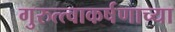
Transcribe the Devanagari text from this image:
गुरुत्त्वाकर्षणाच्या